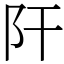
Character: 𨸗